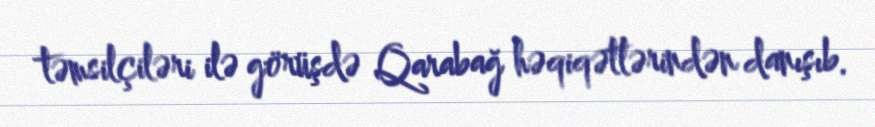
təmsilçiləri ilə görüşdə Qarabağ həqiqətlərindən danışıb.